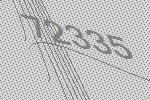
72335